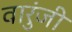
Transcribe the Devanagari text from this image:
वारुंजी